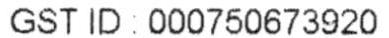
GST ID : 000750673920